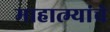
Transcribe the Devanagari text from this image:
माहात्म्यांचे